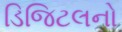
ડિજિટલનો